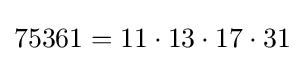
75361=11\cdot 13\cdot 17\cdot 31